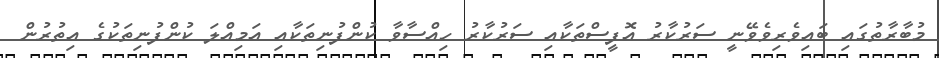
މުބާރާތުގައި ބައިވެރިވެވޭނީ ސަރުކާރު އޮފީސްތަކާއި ސަރުކާރު ހިއްސާވާ ކުންފުނިތަކާއި އަމިއްލަ ކުންފުނިތަކުގެ އިތުރުން